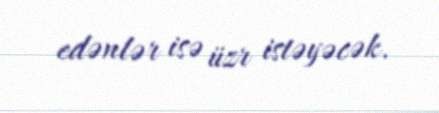
edənlər isə üzr istəyəcək.